Calcutta medical institutions reports 1879-81 [i.e.91]
Year: 1879
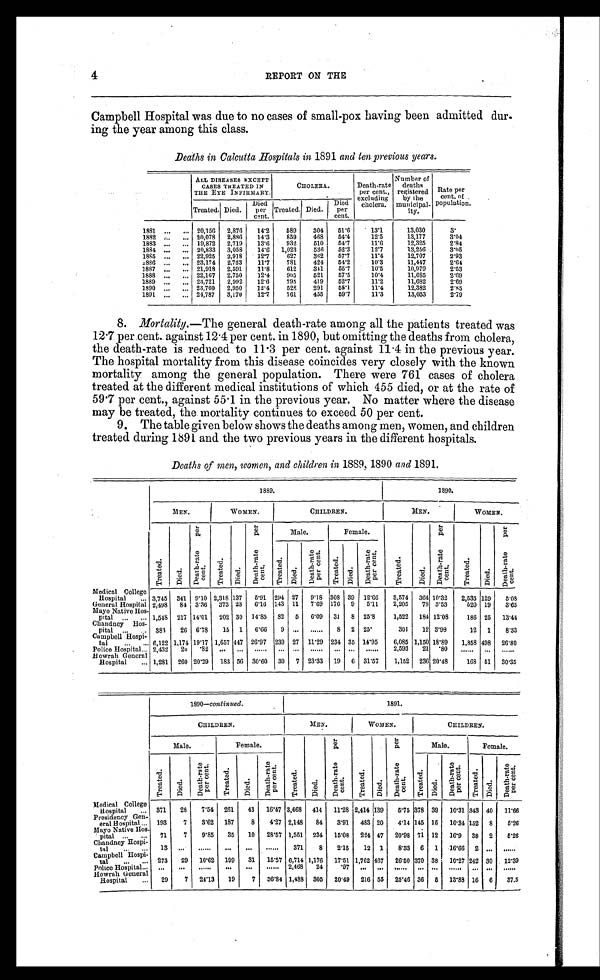
4
REPORT ON THE
Campbell Hospital was due to no cases of small-pox having been admitted dur-
ing the year among this class.
Deaths in Calcutta Hospitals in 1891 and ten previous years.
ALL DISEASES EXCEPT
CASES TREATED IN
THE EYE INFIRMARY.
CHOLERA.
Death-rate
per cent.,
excluding
cholera.
Number of
deaths
registered
by the
municipal-
ity.
Rate per
cent. of
population.
Treated. Died.
Died
per
cent.
Treated. Died.
Died
per
cent.
1881 ...
... 20,156
2,876
14.2
589
304
51.6
13.1
13,030
3.
1882 ...
... 20,078
2,886
14.3
859
468
54.4
12.5
13,177
3.04
1883 ...
... 19,872
2,719
13.6
932
510
54.7
11.6
12,325
2.84
1884 ...
... 20,833
3,058
14.6
1,023
536
52.3
12.7
13,256
3.05
1885 ...
... 22,925
2,918
12.7
627
362
57.7
11.4
12,707
2.93
1886 ...
... 23,174
2,733
11.7
781
424
54.2
10.3
11,447
2.64
1887 ...
... 21,918
2,591
11.8
612
341
55.7
10.5
10,979
2.53
1888 ...
... 22,167
2,750
12.4
905
521
57.5
10.4
11,685
2.69
1889 ...
... 23,721
2,992
12.6
795
419
52.7
11.2
11,682
2.69
1890 ...
... 23,760
2,950
12.4
528
291
55.1
11.4
12,382
2.85
1891 ...
... 24,787
3,170
12.7
761
455
59.7
11.3
13,033
2.79
8. Mortality.—The general death-rate among all the patients treated was
12 . 7 per cent. against 12 . 4 per cent. in 1890, but omitting the deaths from cholera,
the death-rate is reduced to 11 . 3 per cent. against 11.4 in the previous year.
The hospital mortality from this disease coincides very closely with the known
mortality among the general population. There were 761 cases of cholera
treated at the different medical institutions of which 455 died, or at the rate of
59.7 per cent., against 55 . 1 in the previous year. No matter where the disease
may be treated, the mortality continues to exceed 50 per cent.
9. The table given below shows the deaths among men, women, and children
treated during 1891 and the two previous years in the different hospitals.
Deaths of men, women, and children in 1889, 1890 and 1891.
1889.
1890.
MEN.
WOMEN.
CHILDREN.
MEN.
WOMEN.
Tr eat ed.
D i e d .
D e a t h - r a t e p e r c e n t .
T r e a t e d .
D i e d .
D e a t h - r a t e p e r c e n t .
Male.
Female.
T r e a t e d .
D i e d .
D e a t h - r a t e p e r c e n t .
T r e a t e d .
D i e d .
D e a t h - r a t e p e r c e n t .
T r e a t e d .
D i e d .
De a t h - r a t e p e r c e n t .
T r e a t e d .
D i e d .
D e a t h - r a t e p e r c e n t .
Medical College
Hospital
. . . 3,745 341 9.10 2,318 137
5.91 294 27
9.18 308 39 12.66
3,574 364 10.32
2,535 129
5.08
General Hospital 2,498
84 3.36
373 23 6.16 143 11 7.69 176 9 5.11
2,205
78 3.53
5 2 0 19
3.65
Mayo Native Hos-
pital ...
. . . 1,548 217 14.01
202 30 14.85
82
5
6.09
31
8 25.8
1,522
184 12.08
186 25
13.44
Chandney Hos-
pital ...
... 383 26 6.78
15 1 6.66
9 ...
......
8
2 2 5 .
301
12 3.98
12
1
8.33
Campbell Hospi-
tal
...
... 6,122 1,174 19.17 1,657 447 26.97 239 27 11.29 234 35 14.95
6,085 1,150 18.89
1,858 498
26.80
Police Hospital . . . 2,432 20 .82 . . .
. . .
......
. . .
. . . ......
. . .
. . .
. . . . . .
2,593
21 .80 ......
. . . ......
Howrah General
Hospital
... 1,281 260 20.29
183 56 30.60
30
7 23.33 19 6 31.57
1,152 236 20.48
168 51
30.35
1890— continued
1891.
CHILDREN.
MEN.
WOMEN.
CHILDREN.
Male.
Female.
T r e a t e d .
D i e d .
D e a t h - r a t e p e r c e n t .
T r e a t e d .
D i e d .
D e a t h - r a t e p e r c e n t .
Male.
Female.
T r e a t e d .
D i e d .
D e a t h - r a t e p e r c e n t .
T r e a t e d .
D i e d .
D e a t h - r a t e p e r c e n t .
T r e a t e d .
D i e d .
D e a t h - r a t e p e r c e n t .
T r e a t e d .
D i e d .
D e a t h - r a t e p e r c e n t .
Medical College
Hospital
. . . 371
28
7.54 261
43
16.47 3,668
414
11.28 2,414 139
5.75 378 39
10.31 343 40 11.66
Presidency Gen-
eral Hospital ... 193
7
3.62 187
8
4.27 2,148
84
3.91
488 20
4.14 145 15
10.34 152
8
5.26
Mayo Native Hos-
pital ... ... 71
7
9.85
35
10 28.57 1,551 234 15.08 224 47 20.98 71 12 16.9 38 2
5.26
Chandney Hospi-
tal
...
...
13
. . .
......
. . . ...
......
371
8
2.15
12 1
8.33 6 1 16.66 2 ... ......
Campbell Hospi-
tal
... ... 273
29
10.62 199
31
15.57 6,714 1,176
17.51 1,762 467
26.50 370 38
10.27 242 30
12.39
Police Hospital . . .
. . .
...
......
. . .
. . . ...... 2,468
24
.97
. . .
. . .
. . . . . .
. . .
. . . ......
. . . . . .
. . . . . .
Howrah General
Hospital
... 29
7
24.13
19
7 36.84 1,488 305 20.49 216 55 25.46 36
5 13.88 16 6
37.5